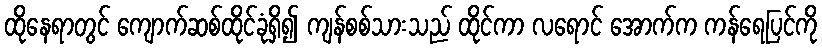
ထိုနေရာတွင် ကျောက်ဆစ်ထိုင်ခုံရှိ၍ ကျန်စစ်သားသည် ထိုင်ကာ လရောင် အောက်က ကန်ရေပြင်ကို